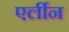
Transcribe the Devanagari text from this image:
एर्लीन